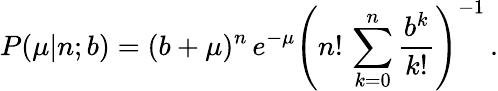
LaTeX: P(\mu|n;b)=(b+\mu)^{n}\, e^{-\mu}\left(\displaystyle n!\, \sum_{k=0}^{n}\frac{b^{k}}{k!}\right)^{-1}\, .